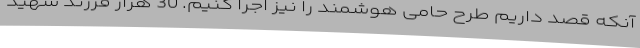
آنکه قصد داریم طرح حامی هوشمند را نیز اجرا کنیم. 30 هزار فرزند شهید